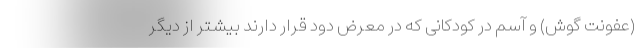
(عفونت گوش) و آسم در کودکانی که در معرض دود قرار دارند بیشتر از دیگر